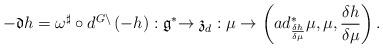
LaTeX: \begin{align*}-\mathfrak{d}h=\omega ^{\sharp }\circ d^{G\backslash }\left( -h\right) :\mathfrak{\mathfrak{g}}^{\ast }\mathfrak{\rightarrow z}_{d}:\mu\rightarrow\left( ad_{\frac{\delta h}{\delta \mu }}^{\ast }\mu ,\mu ,\frac{\delta h}{\delta \mu }\right) . \end{align*}